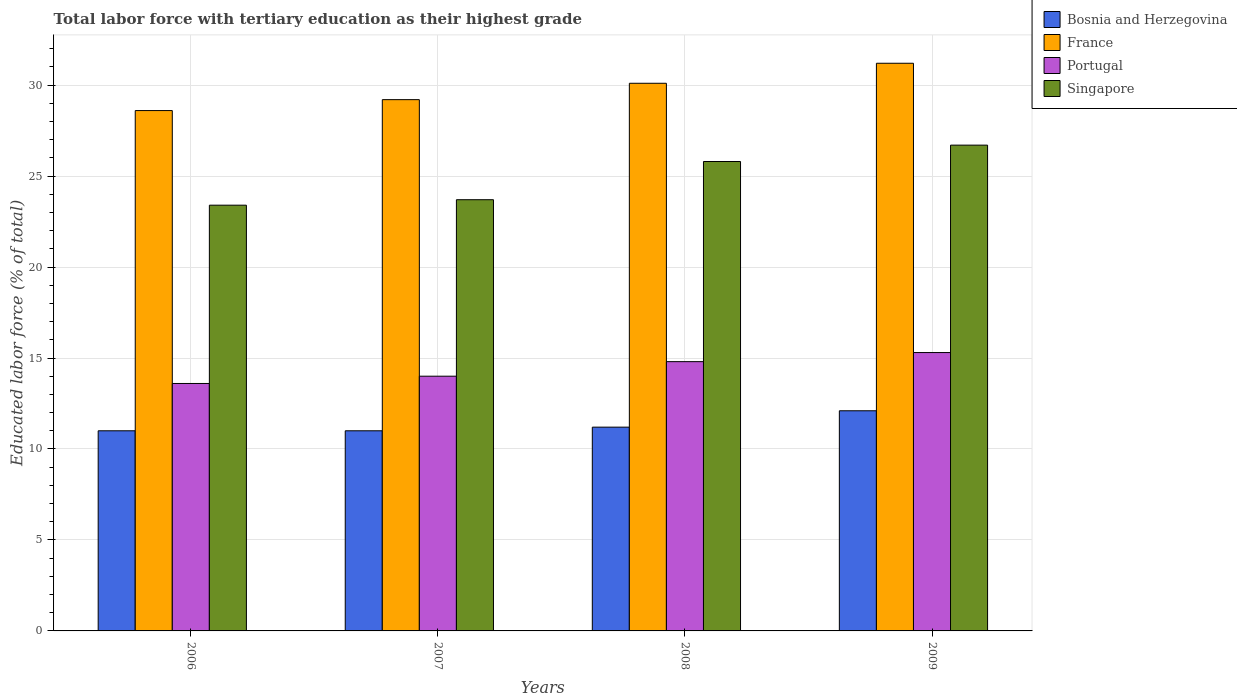
| Years | Bosnia and Herzegovina | France | Portugal | Singapore |
 | --- | --- | --- | --- | --- |
 | 2006 | 11 | 28.6 | 13.6 | 23.4 |
 | 2007 | 11 | 29.2 | 14 | 23.7 |
 | 2008 | 11.2 | 30.1 | 14.8 | 25.8 |
 | 2009 | 12.1 | 31.2 | 15.3 | 26.7 |